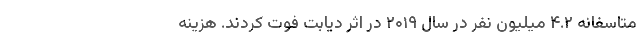
متاسفانه ۴.۲ میلیون نفر در سال ۲۰۱۹ در اثر دیابت فوت کردند. هزینه